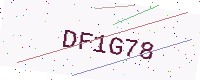
Text: DF1G78